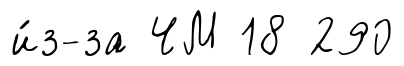
и́з-за ЧМ 18 290